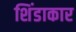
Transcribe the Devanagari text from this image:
शिंडाकार